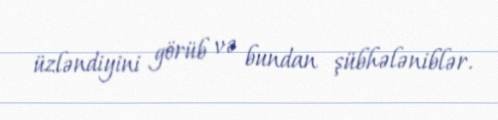
üzləndiyini görüb və bundan şübhələniblər.